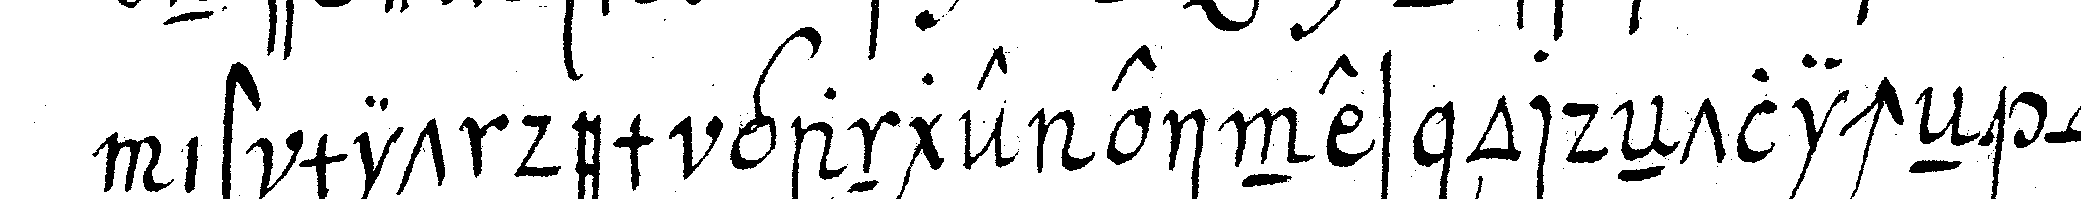
ist mit dem gange eines ordeNtlicheN *nee*